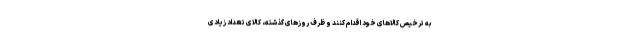
به ترخیص کالاهای خود اقدام کنند و ظرف روزهای گذشته، کالای تعداد زیادی